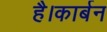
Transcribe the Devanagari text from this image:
है।कार्बन